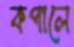
কপালে